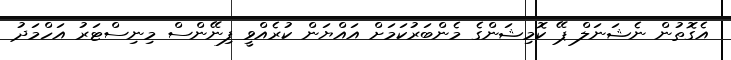
އެގޮތުން ނެޝަނަލް ޕޭ ކޮމިޝަންގެ މެންބަރުކަމަށް އައްޔަން ކުރެއްވީ ފިނޭންސް މިނިސްޓަރު އަހްމަދު